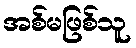
အစ်မဖြစ်သူ